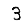
Digit: 3